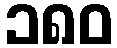
၁၈၀